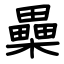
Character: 櫐